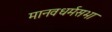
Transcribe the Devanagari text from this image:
मानवधर्मसभा